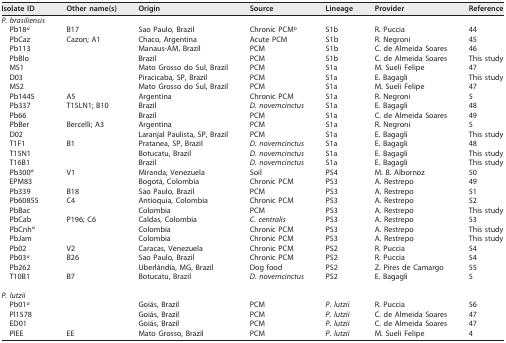
<table><thead><tr><td><b>Isolate ID</b></td><td><b>Other name(s)</b></td><td><b>Origin</b></td><td><b>Source</b></td><td><b>Lineage</b></td><td><b>Provider</b></td><td><b>Reference</b></td></tr></thead><tbody><tr><td><i>P. brasiliensis</i></td><td></td><td></td><td></td><td></td><td></td><td></td></tr><tr><td>Pb18<sup>a</sup></td><td>B17</td><td>Sao Paulo, Brazil</td><td>Chronic PCM<sup>b</sup></td><td>S1b</td><td>R. Puccia</td><td>44</td></tr><tr><td>PbCaz</td><td>Cazon; A1</td><td>Chaco, Argentina</td><td>Acute PCM</td><td>S1b</td><td>R. Negroni</td><td>45</td></tr><tr><td>Pb113</td><td></td><td>Manaus-AM, Brazil</td><td>PCM</td><td>S1b</td><td>C. de Almeida Soares</td><td>46</td></tr><tr><td>PbBlo</td><td></td><td>Brazil</td><td>PCM</td><td>S1b</td><td>C. de Almeida Soares</td><td>This study</td></tr><tr><td>MS1</td><td></td><td>Mato Grosso do Sul, Brazil</td><td>PCM</td><td>S1a</td><td>M. Sueli Felipe</td><td>47</td></tr><tr><td>D03</td><td></td><td>Piracicaba, SP, Brazil</td><td>PCM</td><td>S1a</td><td>E. Bagagli</td><td>This study</td></tr><tr><td>MS2</td><td></td><td>Mato Grosso do Sul, Brazil</td><td>PCM</td><td>S1a</td><td>M. Sueli Felipe</td><td>47</td></tr><tr><td>Pb1445</td><td>A5</td><td>Argentina</td><td>Chronic PCM</td><td>S1a</td><td>R. Negroni</td><td>5</td></tr><tr><td>Pb337</td><td>T15LN1; B10</td><td>Brazil</td><td><i>D. novemcinctus</i></td><td>S1a</td><td>E. Bagagli</td><td>48</td></tr><tr><td>Pb66</td><td></td><td>Brazil</td><td>PCM</td><td>S1a</td><td>C. de Almeida Soares</td><td>49</td></tr><tr><td>PbBer</td><td>Bercelli; A3</td><td>Argentina</td><td>PCM</td><td>S1a</td><td>R. Negroni</td><td>5</td></tr><tr><td>D02</td><td></td><td>Laranjal Paulista, SP, Brazil</td><td>PCM</td><td>S1a</td><td>E. Bagagli</td><td>This study</td></tr><tr><td>T1F1</td><td>B1</td><td>Pratanea, SP, Brazil</td><td><i>D. novemcinctus</i></td><td>S1a</td><td>E. Bagagli</td><td>48</td></tr><tr><td>T15N1</td><td></td><td>Botucatu, Brazil</td><td><i>D. novemcinctus</i></td><td>S1a</td><td>E. Bagagli</td><td>This study</td></tr><tr><td>T16B1</td><td></td><td>Brazil</td><td><i>D. novemcinctus</i></td><td>S1a</td><td>E. Bagagli</td><td>This study</td></tr><tr><td>Pb300<sup>a</sup></td><td>V1</td><td>Miranda, Venezuela</td><td>Soil</td><td>PS4</td><td>M. B. Albornoz</td><td>50</td></tr><tr><td>EPM83</td><td></td><td>Bogotá, Colombia</td><td>Chronic PCM</td><td>PS3</td><td>A. Restrepo</td><td>49</td></tr><tr><td>Pb339</td><td>B18</td><td>Sao Paulo, Brazil</td><td>PCM</td><td>PS3</td><td>A. Restrepo</td><td>51</td></tr><tr><td>Pb60855</td><td>C4</td><td>Antioquia, Colombia</td><td>Chronic PCM</td><td>PS3</td><td>A. Restrepo</td><td>52</td></tr><tr><td>PbBac</td><td></td><td>Colombia</td><td>PCM</td><td>PS3</td><td>A. Restrepo</td><td>This study</td></tr><tr><td>PbCab</td><td>P196; C6</td><td>Caldas, Colombia</td><td><i>C. centralis</i></td><td>PS3</td><td>A. Restrepo</td><td>53</td></tr><tr><td>PbCnh<sup>a</sup></td><td></td><td>Colombia</td><td>Chronic PCM</td><td>PS3</td><td>A. Restrepo</td><td>This study</td></tr><tr><td>PbJam</td><td></td><td>Colombia</td><td>Chronic PCM</td><td>PS3</td><td>A. Restrepo</td><td>This study</td></tr><tr><td>Pb02</td><td>V2</td><td>Caracas, Venezuela</td><td>Chronic PCM</td><td>PS2</td><td>R. Puccia</td><td>54</td></tr><tr><td>Pb03<sup>a</sup></td><td>B26</td><td>Sao Paulo, Brazil</td><td>Chronic PCM</td><td>PS2</td><td>R. Puccia</td><td>54</td></tr><tr><td>Pb262</td><td></td><td>Uberlândia, MG, Brazil</td><td>Dog food</td><td>PS2</td><td>Z. Pires de Camargo</td><td>55</td></tr><tr><td>T10B1</td><td>B7</td><td>Botucatu, Brazil</td><td><i>D. novemcinctus</i></td><td>PS2</td><td>E. Bagagli</td><td>5</td></tr><tr><td><i>P. lutzii</i></td><td></td><td></td><td></td><td></td><td></td><td></td></tr><tr><td>Pb01<sup>a</sup></td><td></td><td>Goiás, Brazil</td><td>PCM</td><td><i>P. lutzii</i></td><td>R. Puccia</td><td>56</td></tr><tr><td>Pl1578</td><td></td><td>Goiás, Brazil</td><td>PCM</td><td><i>P. lutzii</i></td><td>C. de Almeida Soares</td><td>47</td></tr><tr><td>ED01</td><td></td><td>Goiás, Brazil</td><td>PCM</td><td><i>P. lutzii</i></td><td>C. de Almeida Soares</td><td>47</td></tr><tr><td>PlEE</td><td>EE</td><td>Mato Grosso, Brazil</td><td>PCM</td><td><i>P. lutzii</i></td><td>M. Sueli Felipe</td><td>4</td></tr></tbody></table>